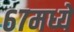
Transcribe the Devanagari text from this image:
६७मध्ये